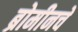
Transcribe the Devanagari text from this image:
ब्रोमीनचे